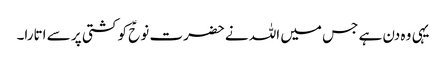
یہی وہ دن ہے جس میں اللہ نے حضرت نوحؑ کو کشتی پر سے اتارا۔